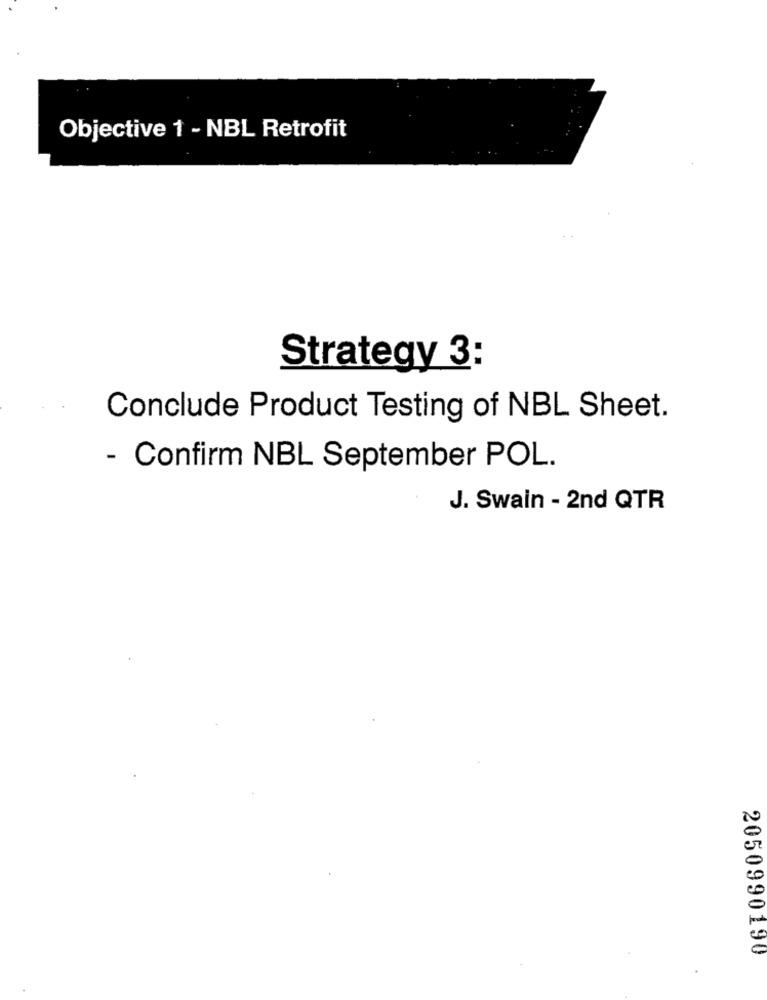
Objective 1 - NBL Retrofit
Strategy 3:
Conclude Product Testing of NBL Sheet.
- Confirm NBL September POL.
J. Swain - 2nd QTR
2050990190
.